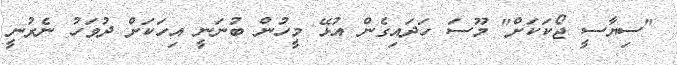
"ސިޔާސީ ޖޯކަކަށް" މޫސަ ހަދައިގެން އުޅޭ މީހުން ބުނަނީ އިހަކަށް ދުވަހު ނެރުނީ